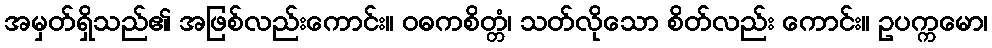
အမှတ်ရှိသည်၏ အဖြစ်လည်းကောင်း။ ဝဓကစိတ္တံ၊ သတ်လိုသော စိတ်လည်း ကောင်း။ ဥပက္ကမော၊